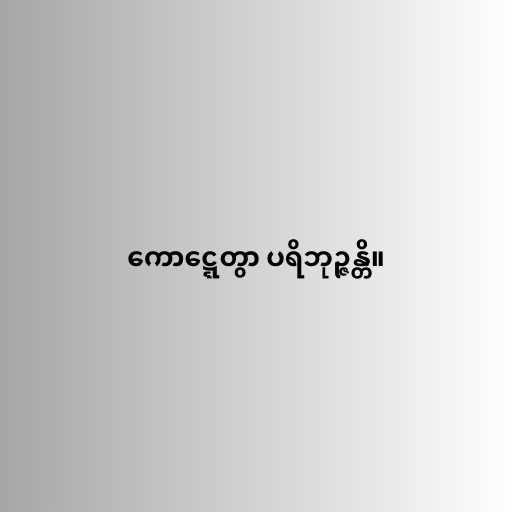
ကောဋ္ဋေတွာ ပရိဘုဉ္ဇန္တိ။